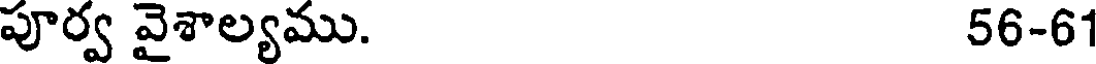
పూర్వ వైశాల్యము. 56-61